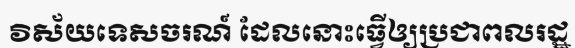
វិស័យទេសចរណ៍ ដែលនោះធ្វើឲ្យប្រជាពលរដ្ឋ